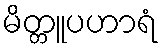
မိတ္တူပဟာရံ